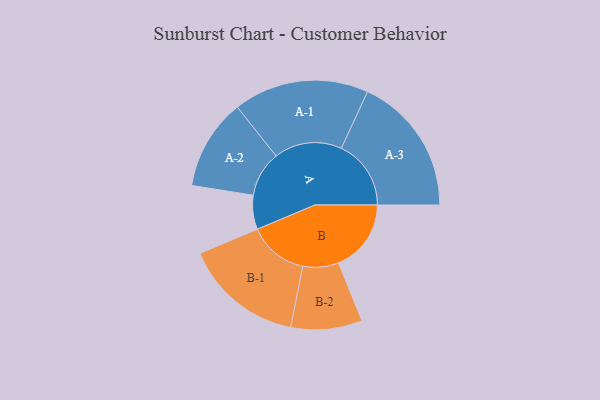
{"axis": {"x": "Segment", "y": "Value"}, "legend": ["", "A", "B"], "data": [{"x": "A", "y": 104, "type": ""}, {"x": "B", "y": 222, "type": ""}, {"x": "A-1", "y": 207, "type": "A"}, {"x": "A-2", "y": 139, "type": "A"}, {"x": "A-3", "y": 213, "type": "A"}, {"x": "B-1", "y": 183, "type": "B"}, {"x": "B-2", "y": 109, "type": "B"}]}